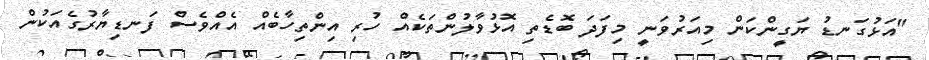
"އަޅުގަނޑު ޔަގީންކަން މިއަރުވަނީ މިފަދަ ބޮޑެތި އޮޅުވާލުންތަކެއް ހުރި އިންތިހާބެއް އެއްވެސް ފަނޑިޔާރުގެއަކުން